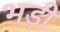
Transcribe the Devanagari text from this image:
भड़ी